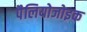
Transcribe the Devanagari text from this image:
पैलियोजोइक